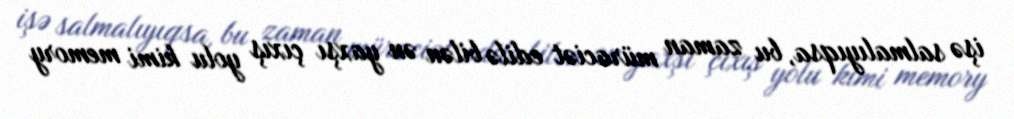
işə salmalıyıqsa, bu zaman müraciət edilə bilən ən yaxşı çıxış yolu kimi memory